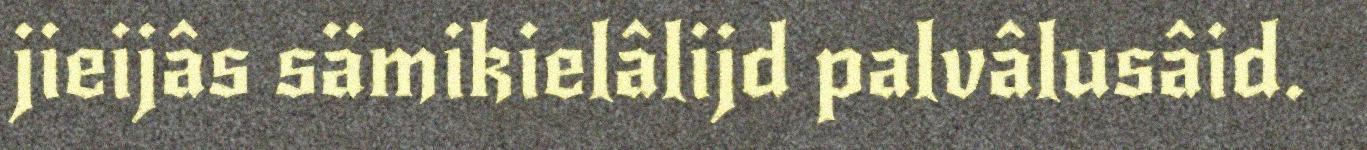
jieijâs sämikielâlijd palvâlusâid.